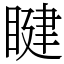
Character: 睷